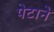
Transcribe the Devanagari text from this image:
पेटाने